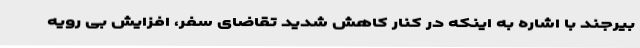
بیرجند با اشاره به اینکه در کنار کاهش شدید تقاضای سفر، افزایش بی رویه